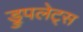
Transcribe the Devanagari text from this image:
ड्रुपलेट्स